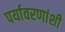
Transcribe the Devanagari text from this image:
पर्यावरणांशी